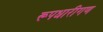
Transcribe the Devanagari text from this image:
रूपधारीगण